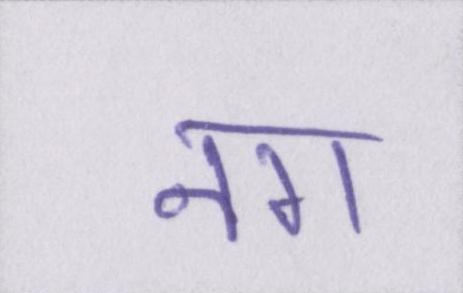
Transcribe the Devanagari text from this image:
नग